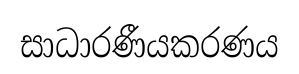
සාධාරණීයකරණය